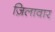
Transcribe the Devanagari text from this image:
ज़िलावार